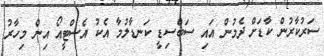
ސަރުކާރުން ކާޑަށް ދެމުން އައި ސަބްސިޑީ ކަނޑާލުމާ އެކު އެސްޓީއޯ އިން މިހާރު